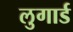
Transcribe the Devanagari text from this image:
लुगार्ड